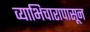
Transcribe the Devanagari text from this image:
व्याभिचारापासून